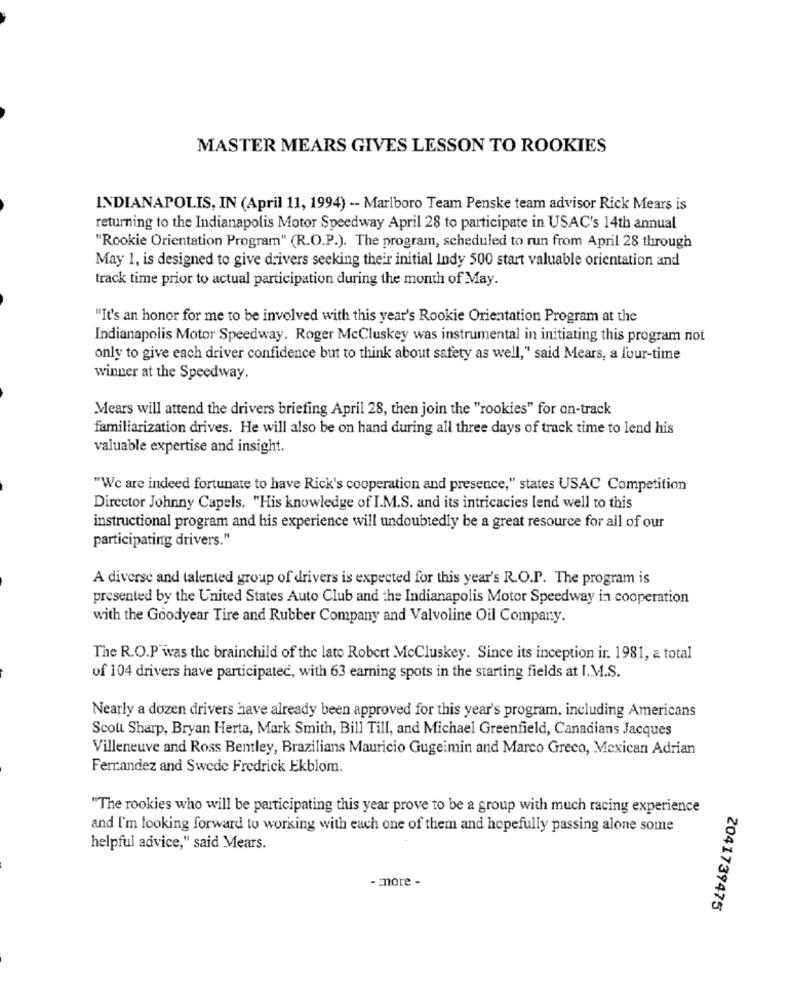
MASTER MEARS GIVES LESSON TO ROOKIES
INDIANAPOLIS, IN (April 11, 1994) -- Marlboro Team Penske team advisor Rick Mears is
returning to the Indianapolis Motor Speedway April 28 to participate in USAC's 14th annual
"Rookie Orientation Program" (R.O.P.). The program, scheduled to run from April 28 through
May 1, is designed to give drivers seeking their initial Indy 500 start valuable orientation and
track time prior to actual participation during the month of May.
"It's an honor for me to be involved with this year's Rookie Orientation Program at the
Indianapolis Motor Speedway. Roger Mccluskey was instrumental in initiating this program not
only to give each driver confidence but to think about safety as well," said Mears, a four-time
winner at the Speedway.
Mears will attend the drivers briefing April 28, then join the "rookies" for on-track
familiarization drives. He will also be on hand during all three days of track time to lend his
valuable expertise and insight.
"We are indeed fortunate to have Rick's cooperation and presence," states USAC Competition
Director Johnny Capels. "His knowledge of I.M.S. and its intricacies lend well to this
instructional program and his experience will undoubtedly be a great resource for all of our
participating drivers."
A diverse and talented group of drivers is expected for this year's R.O.P. The program is
presented by the United States Auto Club and the Indianapolis Motor Speedway in cooperation
with the Goodyear Tire and Rubber Company and Valvoline Oil Company.
The R.O.P was the brainchild of the late Robert .Mccluskey. Since its inception ir. 1981, a total
of 104 drivers have participated, with 63 earning spots in the starting fields at I.M.S.
Nearly a dozen drivers have already been approved for this year's program, including Americans
Scott Sharp, Bryan Herta, Mark Smith, Bill Till, and Michael Greenfield, Canadians Jacques
Villeneuve and Ross Bentley, Brazilians Mauricio Gugeimin and Marco Greco, Mexican Adrian
Ferrandez and Swede Fredrick Ekblom.
"The rookies who will be participating this year prove to be a group with much racing experience
and I'm looking forward to working with each one of them and hopefully passing alone some
helpful advice," said Mears.
- more -
2041739475